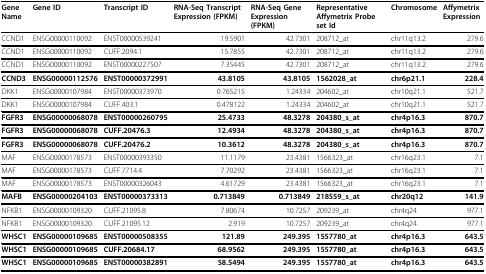
<table><thead><tr><td><b>Gene Name</b></td><td><b>Gene ID</b></td><td><b>Transcript ID</b></td><td><b>RNA-Seq Transcript Expression (FPKM)</b></td><td><b>RNA-Seq Gene Expression (FPKM)</b></td><td><b>Representative Affymetrix Probe set Id</b></td><td><b>Chromosome</b></td><td><b>Affymetrix Expression</b></td></tr></thead><tbody><tr><td>CCND1</td><td>ENSG00000110092</td><td>ENST00000539241</td><td>19.5901</td><td>42.7301</td><td>208712_at</td><td>chr11q13.2</td><td>279.6</td></tr><tr><td>CCND1</td><td>ENSG00000110092</td><td>CUFF.2094.1</td><td>15.7855</td><td>42.7301</td><td>208712_at</td><td>chr11q13.2</td><td>279.6</td></tr><tr><td>CCND1</td><td>ENSG00000110092</td><td>ENST00000227507</td><td>7.35445</td><td>42.7301</td><td>208712_at</td><td>chr11q13.2</td><td>279.6</td></tr><tr><td><b>CCND3</b></td><td><b>ENSG00000112576</b></td><td><b>ENST00000372991</b></td><td><b>43.8105</b></td><td><b>43.8105</b></td><td><b>1562028_at</b></td><td><b>chr6p21.1</b></td><td><b>228.4</b></td></tr><tr><td>DKK1</td><td>ENSG00000107984</td><td>ENST00000373970</td><td>0.765215</td><td>1.24334</td><td>204602_at</td><td>chr10q21.1</td><td>521.7</td></tr><tr><td>DKK1</td><td>ENSG00000107984</td><td>CUFF.403.1</td><td>0.478122</td><td>1.24334</td><td>204602_at</td><td>chr10q21.1</td><td>521.7</td></tr><tr><td><b>FGFR3</b></td><td><b>ENSG00000068078</b></td><td><b>ENST00000260795</b></td><td><b>25.4733</b></td><td><b>48.3278</b></td><td><b>204380_s_at</b></td><td><b>chr4p16.3</b></td><td><b>870.7</b></td></tr><tr><td><b>FGFR3</b></td><td><b>ENSG00000068078</b></td><td><b>CUFF.20476.3</b></td><td><b>12.4934</b></td><td><b>48.3278</b></td><td><b>204380_s_at</b></td><td><b>chr4p16.3</b></td><td><b>870.7</b></td></tr><tr><td><b>FGFR3</b></td><td><b>ENSG00000068078</b></td><td><b>CUFF.20476.2</b></td><td><b>10.3612</b></td><td><b>48.3278</b></td><td><b>204380_s_at</b></td><td><b>chr4p16.3</b></td><td><b>870.7</b></td></tr><tr><td>MAF</td><td>ENSG00000178573</td><td>ENST00000393350</td><td>11.1179</td><td>23.4381</td><td>1566323_at</td><td>chr16q23.1</td><td>7.1</td></tr><tr><td>MAF</td><td>ENSG00000178573</td><td>CUFF.7714.4</td><td>7.70292</td><td>23.4381</td><td>1566323_at</td><td>chr16q23.1</td><td>7.1</td></tr><tr><td>MAF</td><td>ENSG00000178573</td><td>ENST00000326043</td><td>4.61729</td><td>23.4381</td><td>1566323_at</td><td>chr16q23.1</td><td>7.1</td></tr><tr><td><b>MAFB</b></td><td><b>ENSG00000204103</b></td><td><b>ENST00000373313</b></td><td><b>0.713849</b></td><td><b>0.713849</b></td><td><b>218559_s_at</b></td><td><b>chr20q12</b></td><td><b>141.9</b></td></tr><tr><td>NFKB1</td><td>ENSG00000109320</td><td>CUFF.21095.8</td><td>7.80674</td><td>10.7257</td><td>209239_at</td><td>chr4q24</td><td>977.1</td></tr><tr><td>NFKB1</td><td>ENSG00000109320</td><td>CUFF.21095.12</td><td>2.919</td><td>10.7257</td><td>209239_at</td><td>chr4q24</td><td>977.1</td></tr><tr><td><b>WHSC1</b></td><td><b>ENSG00000109685</b></td><td><b>ENST00000508355</b></td><td><b>121.89</b></td><td><b>249.395</b></td><td><b>1557780_at</b></td><td><b>chr4p16.3</b></td><td><b>643.5</b></td></tr><tr><td><b>WHSC1</b></td><td><b>ENSG00000109685</b></td><td><b>CUFF.20684.17</b></td><td><b>68.9562</b></td><td><b>249.395</b></td><td><b>1557780_at</b></td><td><b>chr4p16.3</b></td><td><b>643.5</b></td></tr><tr><td><b>WHSC1</b></td><td><b>ENSG00000109685</b></td><td><b>ENST00000382891</b></td><td><b>58.5494</b></td><td><b>249.395</b></td><td><b>1557780_at</b></td><td><b>chr4p16.3</b></td><td><b>643.5</b></td></tr></tbody></table>